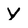
Character: y